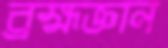
ব্রহ্মজ্ঞান